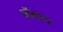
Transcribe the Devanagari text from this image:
वॉल्कर